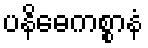
ပနိဓေကစ္စာနံ